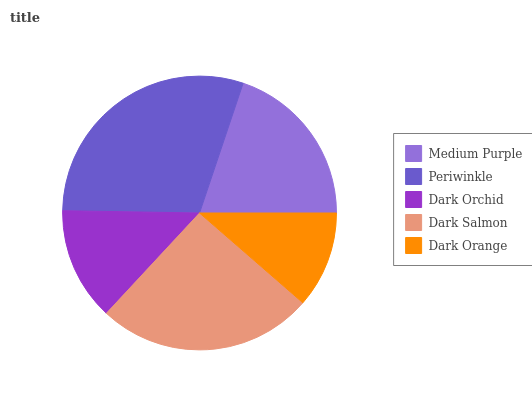
| Medium Purple | Periwinkle | Dark Orchid | Dark Salmon | Dark Orange |
 | --- | --- | --- | --- | --- |
 | 19.9% | 29.9% | 13.3% | 25.5% | 11.4% |